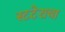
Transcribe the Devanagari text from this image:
स्टटेराचा